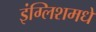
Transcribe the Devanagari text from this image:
इंग्लिशमधे